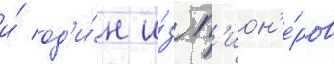
и́ од'и́н и́з п'ион'е́ров